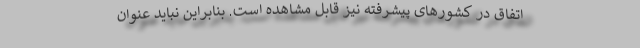
اتفاق در کشورهای پیشرفته نیز قابل مشاهده است. بنابراین نباید عنوان